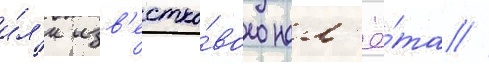
и́л'и изв'естко́вого нал'ё́та //